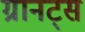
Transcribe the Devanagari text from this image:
ग्रानट्स